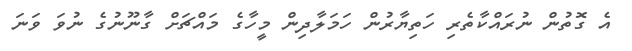
އެ ގޮތުން ނުރައްކާތެރި ހަތިޔާރުން ހަމަލާދިން މީހާގެ މައްޗަށް ގާނޫނުގެ ނުވަ ވަނަ